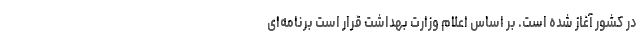
در کشور آغاز شده است. بر اساس اعلام وزارت بهداشت قرار است برنامه‌ای